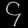
Digit: ၄